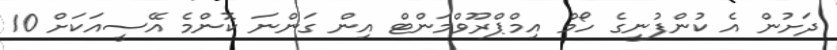
ދަށުން އެ ކުންފުނީގެ ހޯމް އިމްޕްރޫވްމަންޓް އިން ގަންނަ ކޮންމެ އޭސީއަކަށް 10